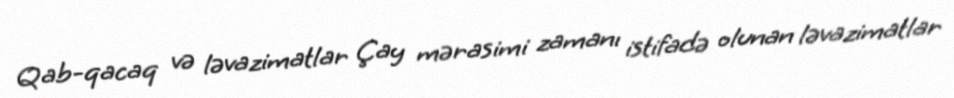
Qab-qacaq və ləvazimatlar Çay mərasimi zamanı istifadə olunan ləvazimatlar